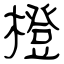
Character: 橙